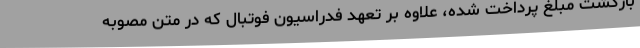
بازگشت مبلغ پرداخت شده، علاوه بر تعهد فدراسیون فوتبال که در متن مصوبه